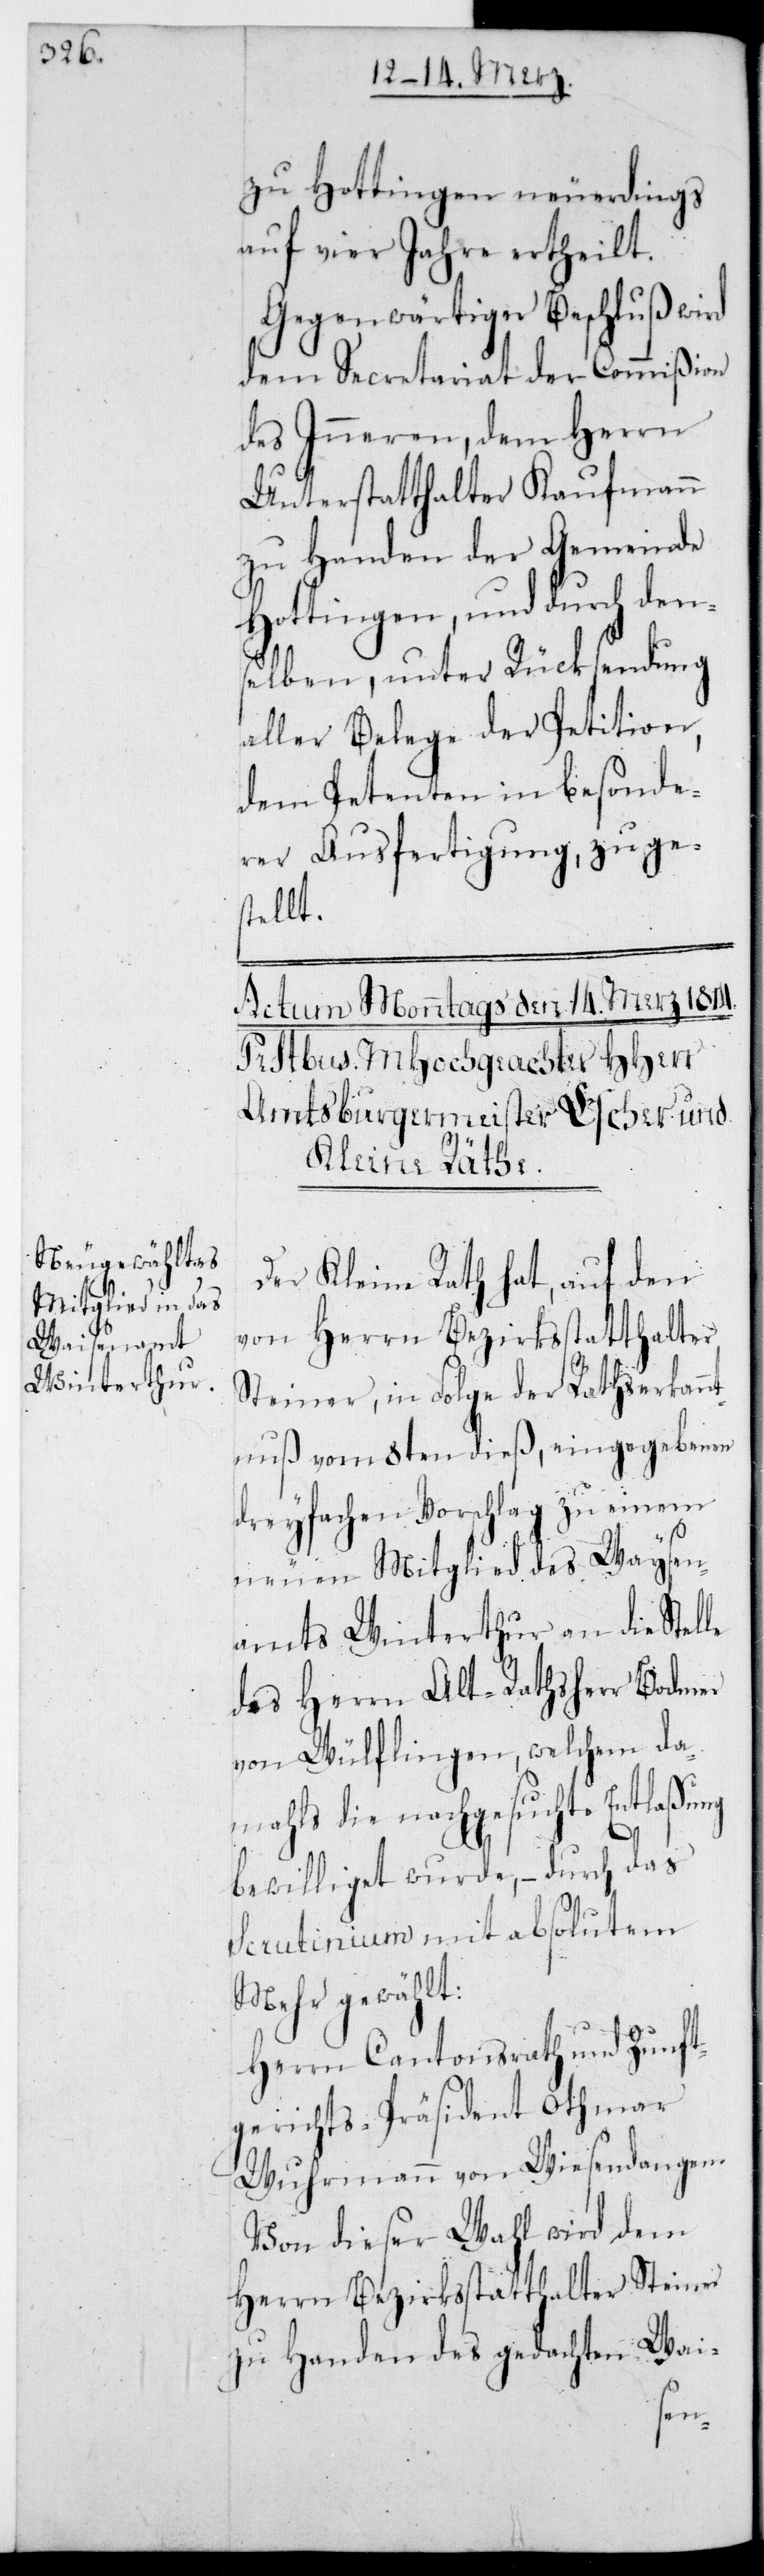
zu Hottingen neuerdings
auf vier Jahre ertheilt.
Gegenwärtiger Beschluß wird
dem Secretariat der Commißion
des Inneren, dem Herrn
Unterstatthalter Kaufmann
zu Handen der Gemeinde
Hottingen, und durch den¬
selben, unter Rücksendung
aller Belege der Petition,
dem Petenten in besonde¬
rer Ausfertigung zuge¬
stellt.
Der Kleine Rath hat, auf den
von Herrn Bezirksstatthalter
Steiner, in Folge der Rathserkann¬
tnuß vom 8ten dieß, eingegebenen
dreyfachen Vorschlag zu einem
neuen Mitglied des Waisen¬
amts Winterthur an die Stelle
des Herrn Alt-Rathsherr Bodmer
von Wülflingen, welchem da¬
mals die nachgesuchte Entlaßung
bewilliget wurde, – durch das
Scrutinium mit absolutem
Mehr gewählt:
Herrn Cantonsrath und Zunft¬
gerichts-Präsident Othmar
Wuhrmann von Wiesendangen.
Von dieser Wahl wird dem
Herrn Bezirksstatthalter Steiner
zu Handen des gedachten Wai-